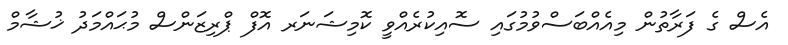
އެސް ގެ ފަރާތުން މިއެއްބަސްވުމުގައި ސޮއިކުރެއްވީ ކޮމިޝަނަރ އޮފް ޕްރިޒަންސް މުޙައްމަދު ޚުޝާމް